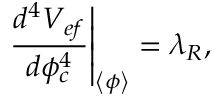
\left. \frac { d ^ { 4 } V _ { e f } } { d \phi _ { c } ^ { 4 } } \right| _ { \left\langle \phi \right\rangle } = \lambda _ { R } ,